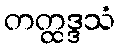
တတ္ထဒ္ဒသံ